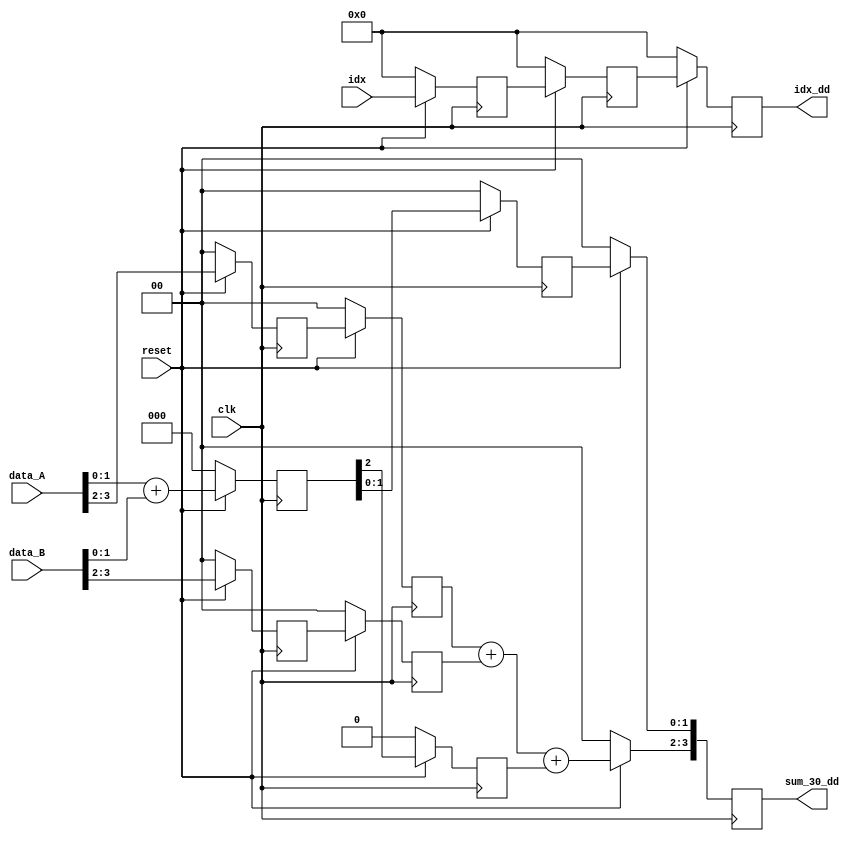
module sumador(
    input clk,
	input reset,
	input [3:0] idx, data_A, data_B,
	output reg [3:0] sum_30_dd, idx_dd);
	
    reg [1:0] data_A_d_0;
    reg [1:0] data_B_d_0;
    reg [1:0] data_A_d;
    reg [1:0] data_B_d;
    reg acarreo_d;
    reg [2:0] sum_10;
    reg [1:0] sum_10_d;
    reg [3:0] sum_30_d;
    reg [3:0] idx_etapa_1;
    reg [3:0] idx_etapa_2;

    always @(posedge clk) begin
        if (reset == 0) begin
            sum_30_dd   <= 0;
            data_A_d_0  <= 0;
            data_B_d_0  <= 0;
            data_A_d    <= 0;
            data_B_d    <= 0;
            acarreo_d   <= 0;
            sum_10      <= 0;
            sum_10_d    <= 0;
            sum_30_d    <= 0; 
        end 
        else begin
            data_A_d_0      <= data_A[3:2];
            data_B_d_0      <= data_B[3:2];
            sum_10          <= data_A[1:0] + data_B[1:0];
            data_A_d        <= data_A_d_0;
            data_B_d        <= data_B_d_0;
            sum_10_d        <= sum_10[1:0];     
            acarreo_d       <= sum_10[2];
            sum_30_dd[3:2]  <= data_A_d + data_B_d + acarreo_d;
            sum_30_dd[1:0]  <= sum_10_d;
        end
    end

    always @(posedge clk)begin
        if (reset == 0) begin
            idx_dd      <=0;
            idx_etapa_1 <=0;
            idx_etapa_2 <=0;
        end 
        else begin
            idx_etapa_1 <= idx;
            idx_etapa_2 <= idx_etapa_1;
            idx_dd <= idx_etapa_2;
        end
    end
endmodule